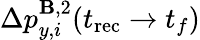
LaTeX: \Delta p_{y,i}^{\mathbf{B},2}(t_{\mathrm{rec}}\to t_{f})